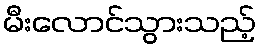
မီးလောင်သွားသည့်